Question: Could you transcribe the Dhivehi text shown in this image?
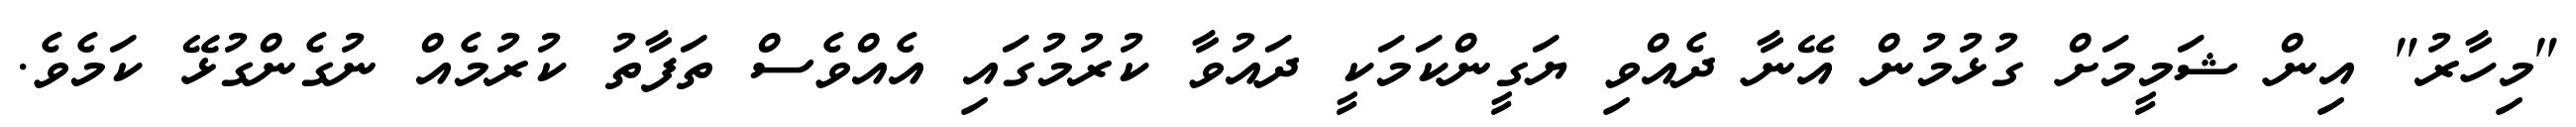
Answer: "މިހާރު" އިން ޝަމީމަށް ގުޅުމުން އޭނާ ދެއްވި ޔަގީންކަމަކީ ދައުވާ ކުރުމުގައި އެއްވެސް ތަފާތު ކުރުމެއް ނުގެންގުޅޭ ކަމެވެ.